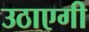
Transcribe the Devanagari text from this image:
उठाएगी